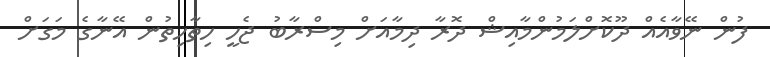
ފުން ނޭވާއެއް ދޫކޮށްލަމުންމާއިޝް ދޮރާ ދިމާއަށް މިސްރާބު ޖެހީ ހިތާހިތުން އޭނާގެ މަގަށް